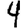
Digit: 4